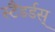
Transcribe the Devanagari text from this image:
स्टैंडर्डस्